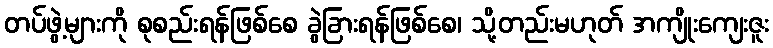
တပ်ဖွဲ့များကို စုစည်းရန်ဖြစ်စေ ခွဲခြားရန်ဖြစ်စေ၊ သို့တည်းမဟုတ် အကျိုးကျေးဇူး